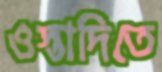
ওস্তাদিতে